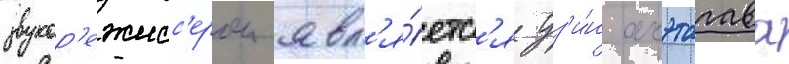
звукор'ежисс'ером явл'я́етс'я дз'и́н акэтагава